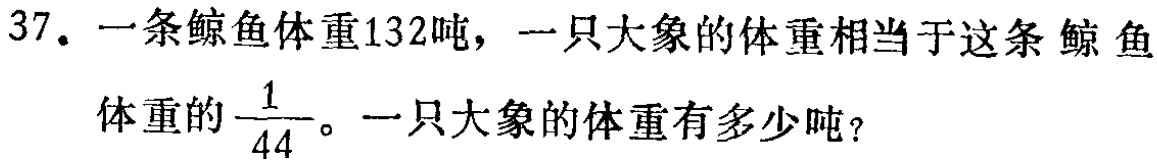
37. 一条鲸鱼体重132吨，一只大象的体重相当于这条鲸鱼体重的$\frac{1}{44}$。一只大象的体重有多少吨？